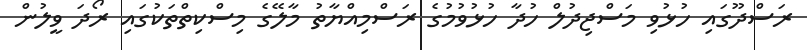
ރަސްދޫގައި ހުޅުވި މަސްޖިދުލް ހުދާ ހުޅުވުމުގެ ރަސްމިއްޔާތު މާލޭގެ މިސްކިތްތަކުގައި ރޯދަ ވީލުން